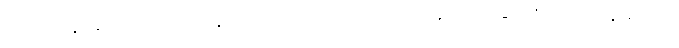
သုဿာန် မဟုတ်သော နေရာကို ကပ်လျက် သုဿာန်၌ နေခြင်း (သုဿာန်ဓုတင်)